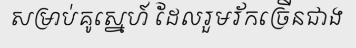
សម្រាប់គូស្នេហ៍ ដែលរួមរ័កច្រើនជាង